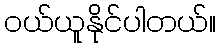
ဝယ်ယူနိုင်ပါတယ်။